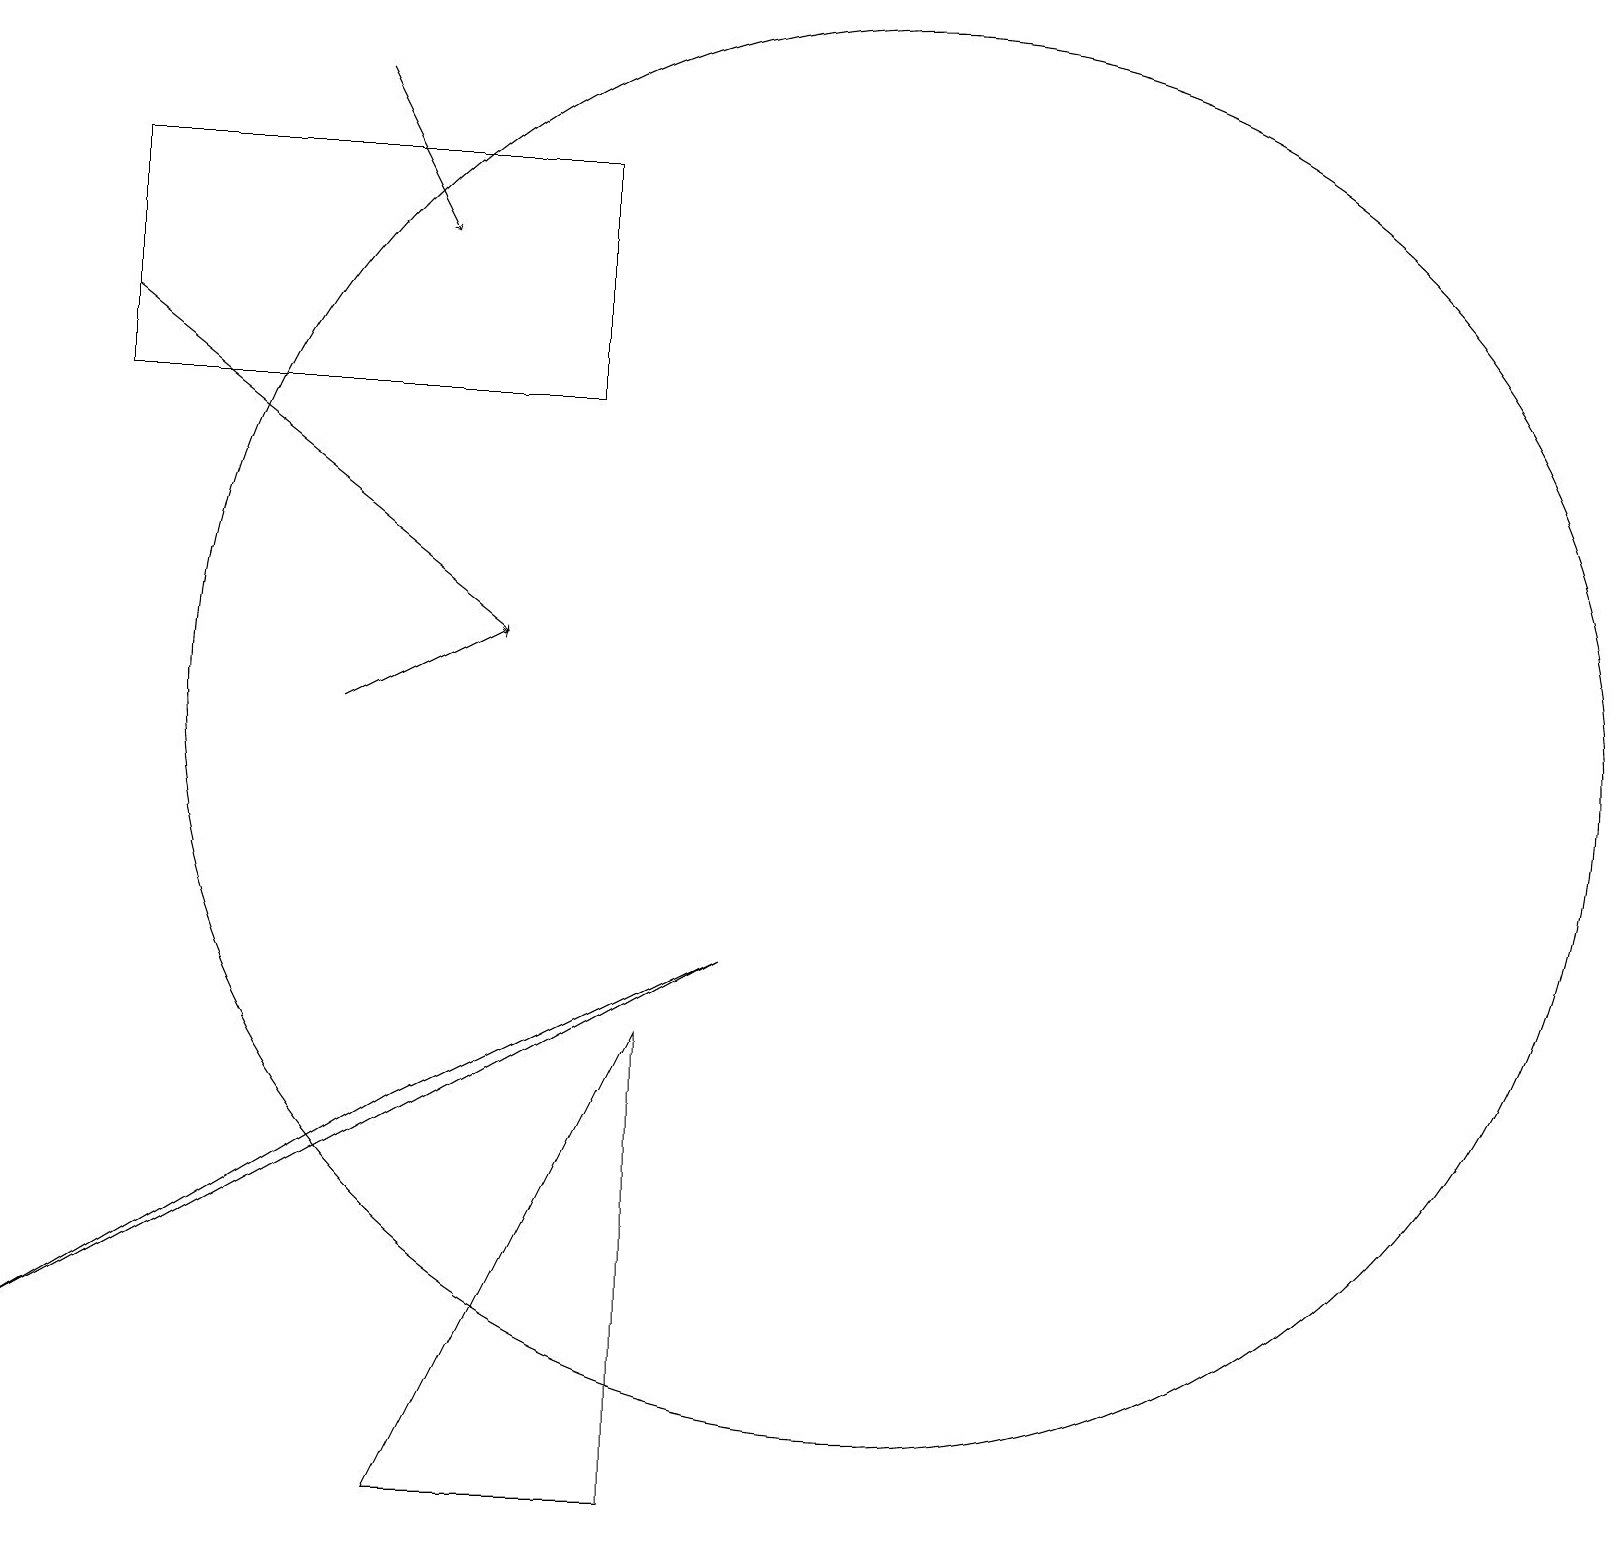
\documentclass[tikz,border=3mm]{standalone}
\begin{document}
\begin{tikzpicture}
\draw (7,15) rectangle (1,18);
\draw[->] (4,11) -- (6,12);
\draw[->] (1,16) -- (6,12);
\draw (8,7) -- (8,1) -- (5,1) -- cycle;
\draw[->] (4,19) -- (5,17);
\draw (5,6) -- (9,8) -- (0,3) -- cycle;
\draw (11,11) circle (9);
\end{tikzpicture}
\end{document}